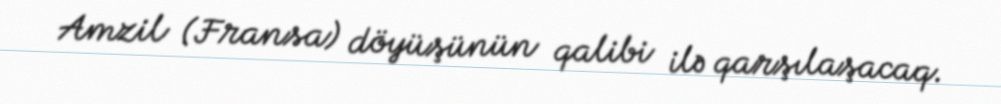
Amzil (Fransa) döyüşünün qalibi ilə qarşılaşacaq.